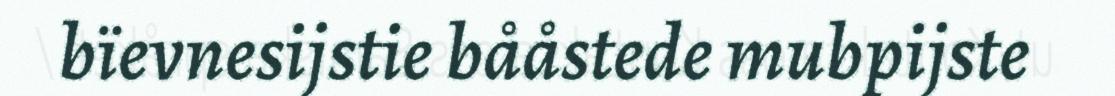
bïevnesijstie bååstede mubpijste